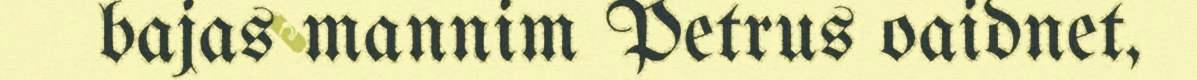
bajas mannim Petrus oaidnet,